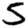
Digit: 5